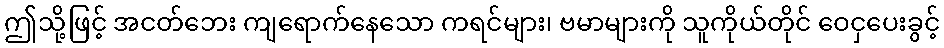
ဤသို့ဖြင့် အငတ်ဘေး ကျရောက်နေသော ကရင်များ၊ ဗမာများကို သူကိုယ်တိုင် ဝေငှပေးခွင့်